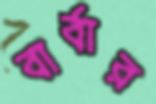
বার্বার